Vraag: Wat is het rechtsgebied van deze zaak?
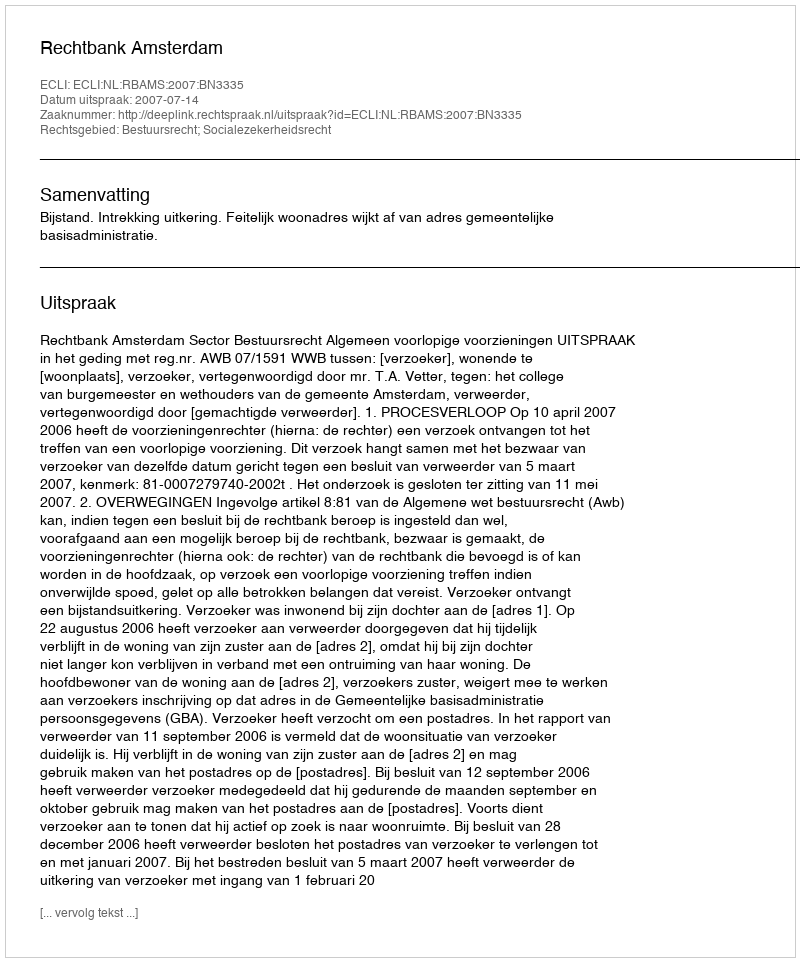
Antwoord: Bestuursrecht; Socialezekerheidsrecht